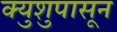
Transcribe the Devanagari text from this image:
क्युशुपासून